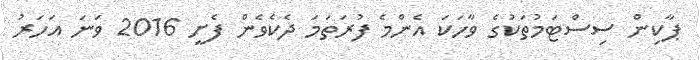
ޕާކިން ސިސްޓަމުތަކުގެ ވާހަކަ އެންމެ ފުރަތަމަ ދެކެވެން ފެށީ 2016 ވަނަ އަހަރު